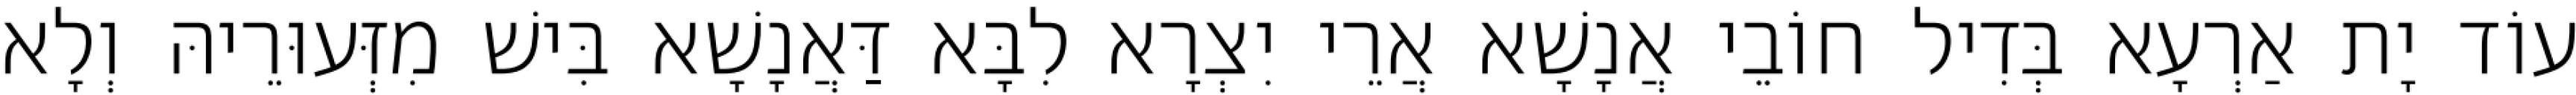
עוֹד יָת אַרְעָא בְּדִיל חוֹבֵי אֲנָשָׁא אֲרֵי יִצְרָא לִבָּא דַּאֲנָשָׁא בִּישׁ מִזְּעוּרֵיהּ וְלָא